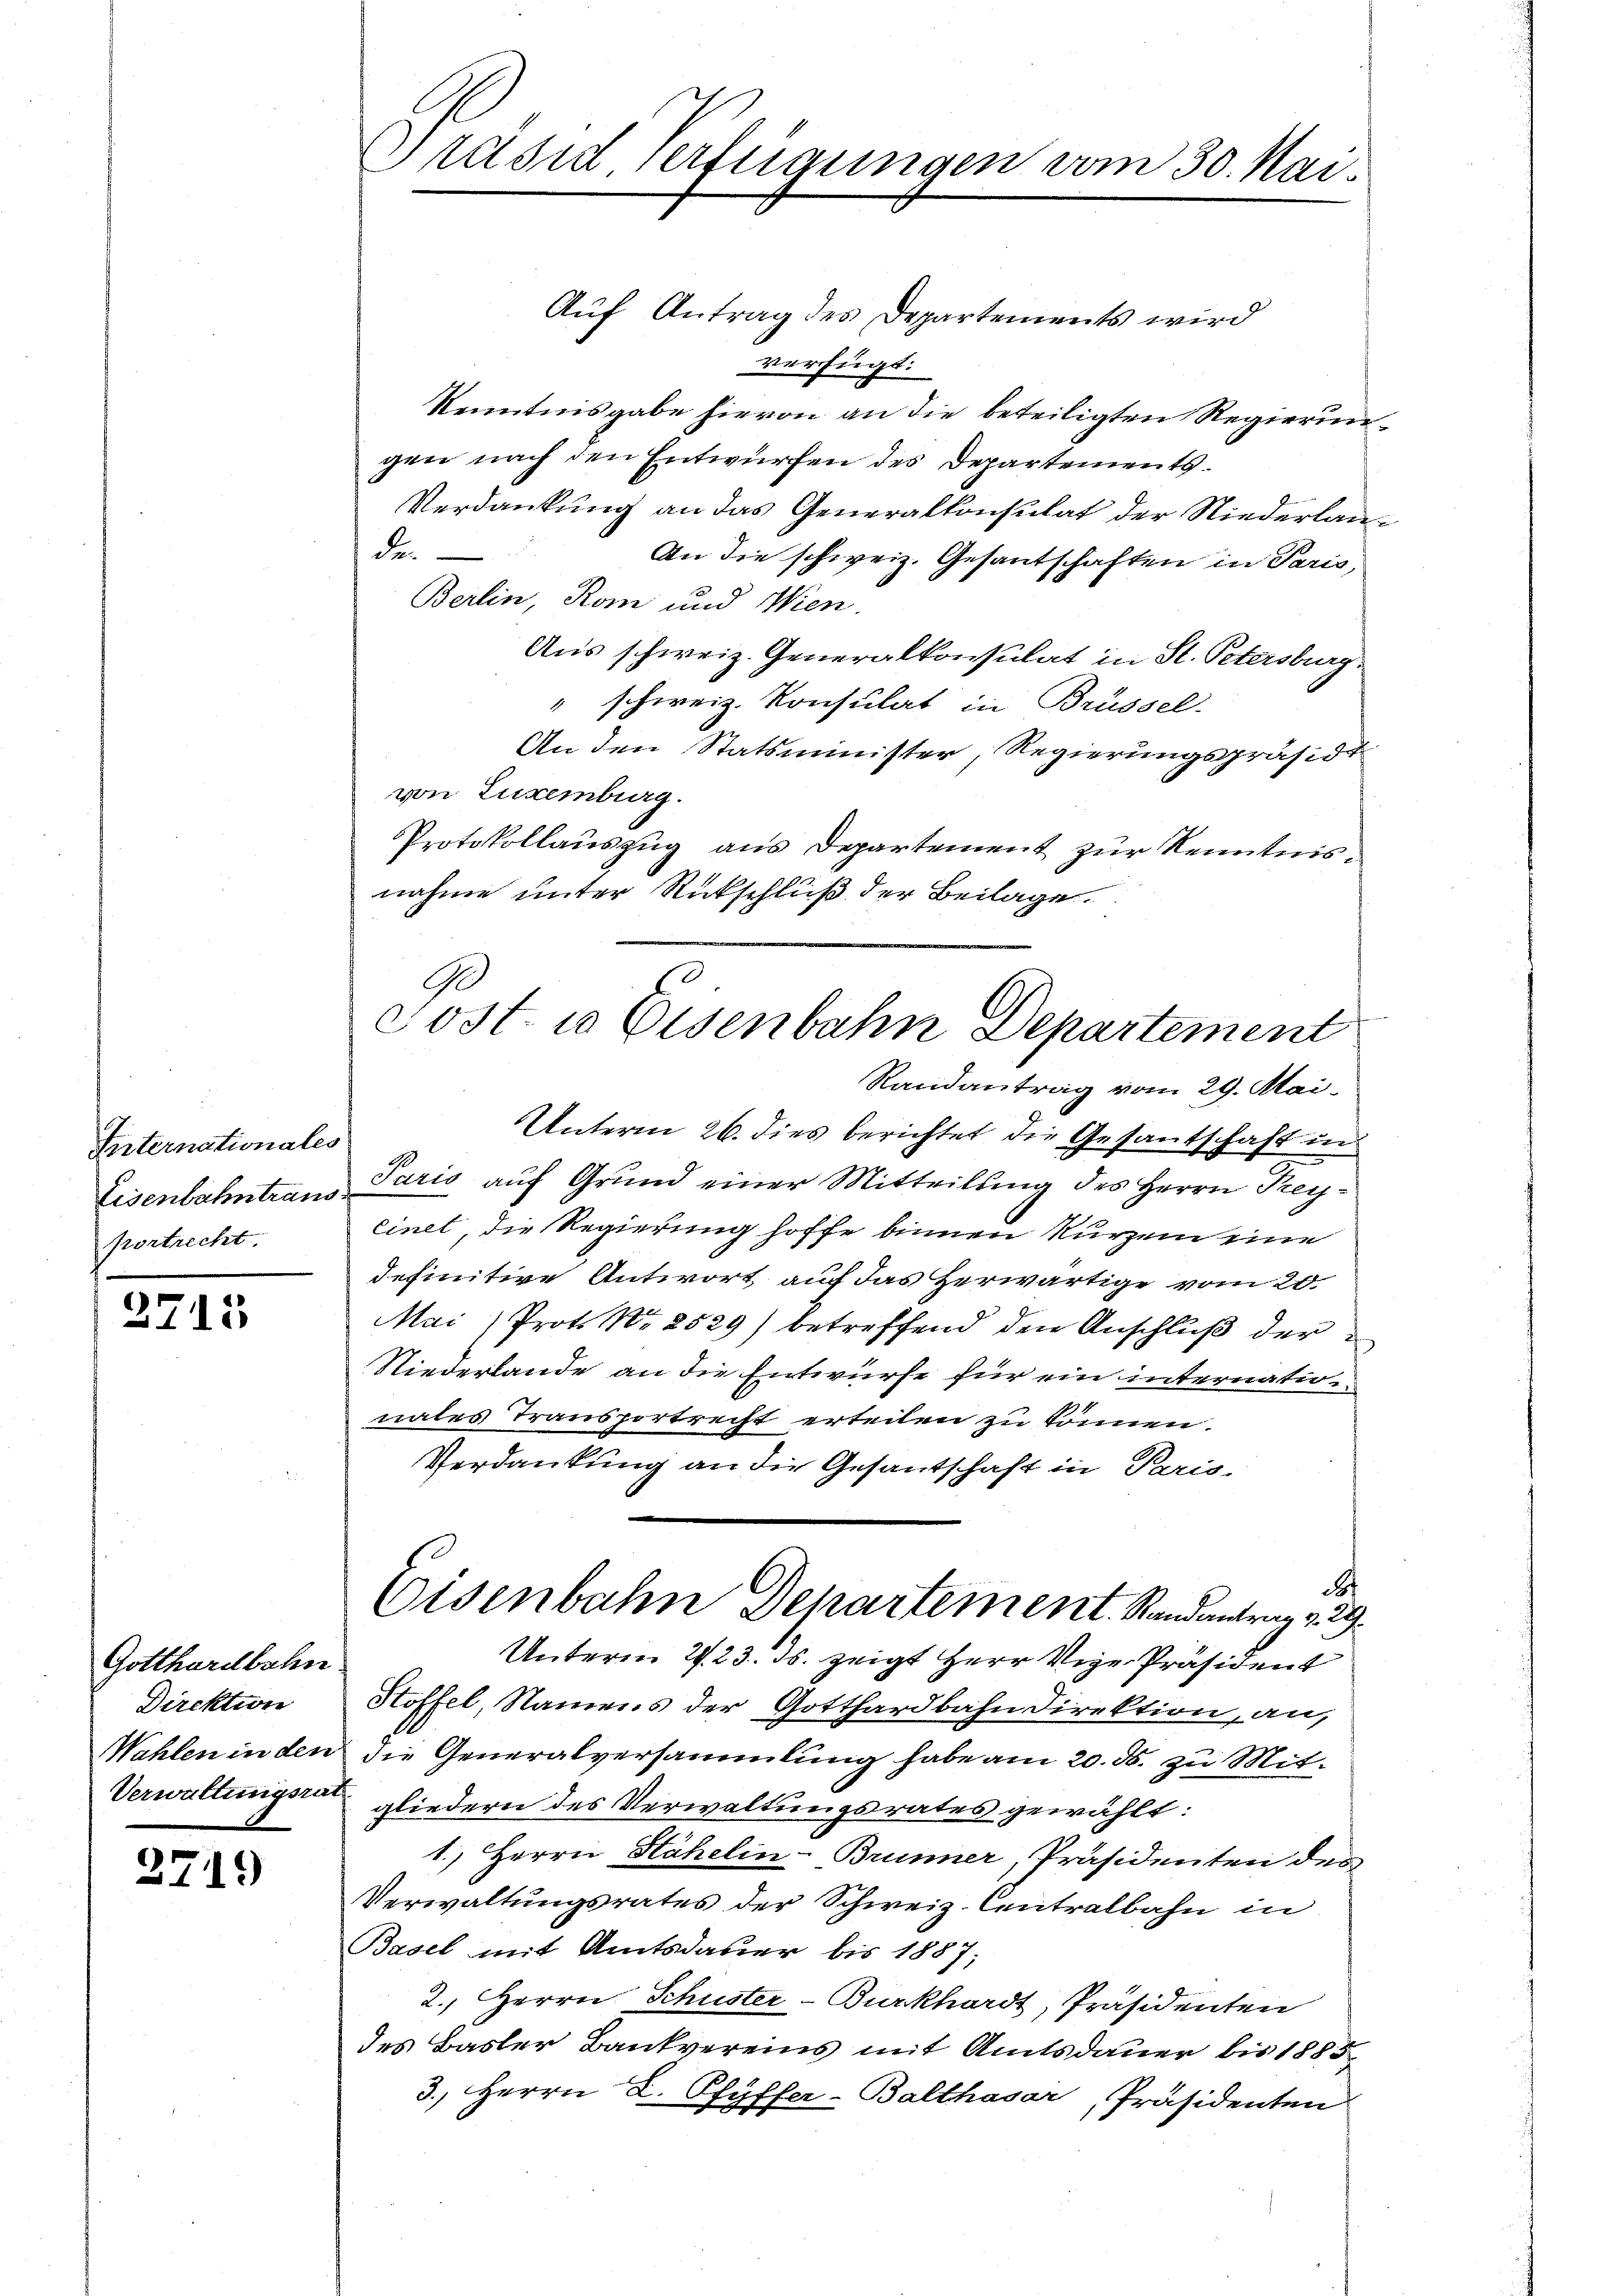
Internationales
pontrecht.

2715

Gotthardbahn
Direktion

2719

Präsid verfügungen vom 30. Mai

Auf Antrag des Departements wird
verfügt:
Kenntnisgabe hievon an die beteiligten Regierungen nach den Entwürfen des Departements¬
Verdankung an das Generalkonsulat der Niederlande.
An die schweiz. Gesantschaften in Paris,
Berlin, Rom und Wien.
Aus schweiz. Generalkonsulat in St. Petersburg
schweiz. Konsulat in Brüssel.
1
An den Statsminister, Regierungspräsidi
von Luxenburg.
Protokollauszug aus Departement zur Kenntnisnahme unter Rückschluß der Beilage.
Ge

Post. 10 Eisenbahn Departement

Randantrag vom 29. Mai
Unterm 26. dies berichtet die Gesantschaft in
Eisenbahntraus Paris auf Grund einer Mitteilung des Herrn Preyeinet, die Regierung hoffe binnen Kurzem eine
definitive Antwort auf das Herwärtige vom 20.
Mai) Prot. No 2529) betreffend den Anschluß der
Niederlande an die Entwurfe für ein internationales Transportrecht erteilen zu können.
Verdankung an die Gesantschaft in Paris-
d
Unterm 2. 23. ds. zeigt Herr Vize-Präsident
Stoffel, Namens der Gotthardbahn Direktion, an,
Wahlen in den die Generalversammlung habe am 20. ds. zu Mit¬
Verwaltungsrat gliedern des Verwaltungsrates gewählt:
1.) Herrn Stähelin-Brunner, Präsidenten des
Verwaltungsrates der Schweiz. Centralbahn in
Basel mit Amtsdauer bis 1887;
2. Herrn Schuster-Burkhardt, Präsidenten
des Basler Bankvereins mit Amtsdauer bis 1885
3.) Herrn L. Pfyffer-Balthasar, Präsidenten

Eisenbahn Departement. Randantrag 229.